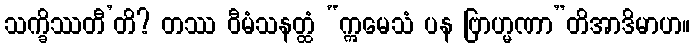
သက္ခိဿတီ’တိ? တဿ ဝီမံသနတ္ထံ “ဣမေသံ ပန ဗြာဟ္မဏာ”တိအာဒိမာဟ။